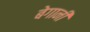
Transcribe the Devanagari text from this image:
बेगानी